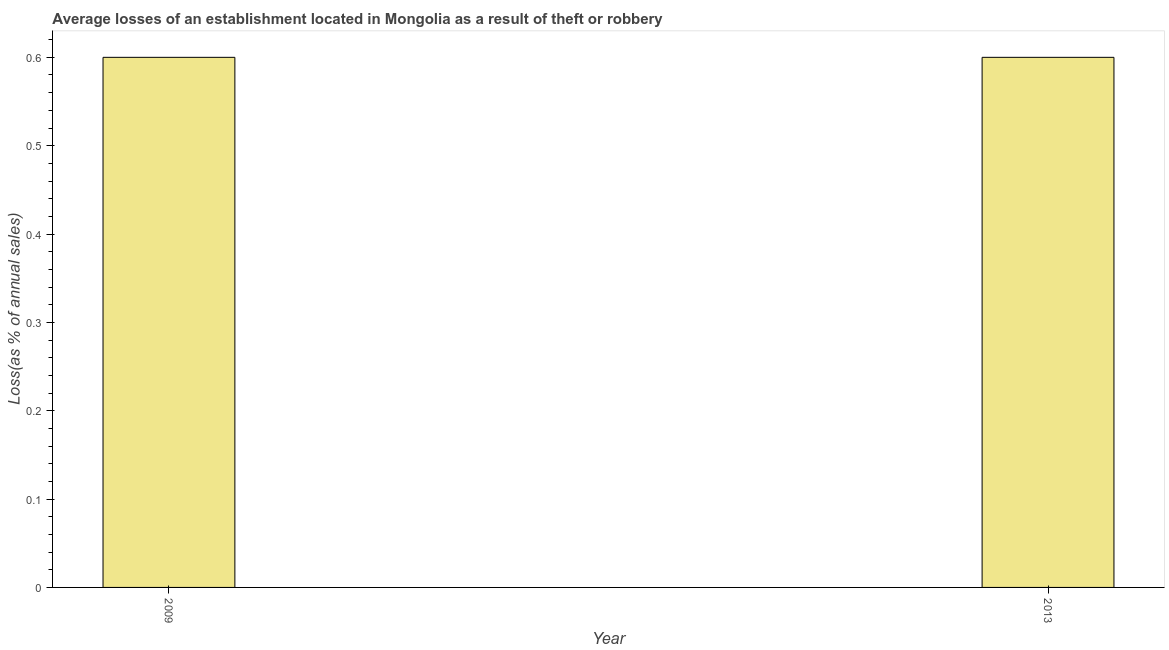
| Year | Losses due to theft |
 | --- | --- |
 | 2009 | 0.6 |
 | 2013 | 0.6 |